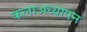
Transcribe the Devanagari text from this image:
कलाअध्यापन